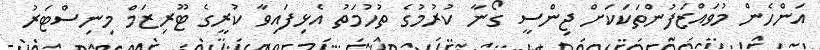
އަންހެން މުވައްޒަފުންތަކަކަށް ޖިންސީ ގޯނާ ކުރުމުގެ ތުހުމަތު އެޅިފައިވާ ކުރީގެ ޓޫރިޒަމް މިނިސްޓަރު